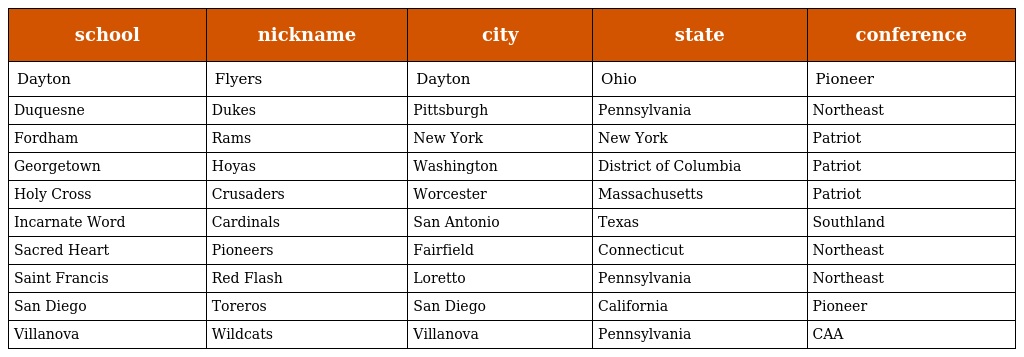
| school | nickname | city | state | conference |
 | --- | --- | --- | --- | --- |
 | Dayton | Flyers | Dayton | Ohio | Pioneer |
 | Duquesne | Dukes | Pittsburgh | Pennsylvania | Northeast |
 | Fordham | Rams | New York | New York | Patriot |
 | Georgetown | Hoyas | Washington | District of Columbia | Patriot |
 | Holy Cross | Crusaders | Worcester | Massachusetts | Patriot |
 | Incarnate Word | Cardinals | San Antonio | Texas | Southland |
 | Sacred Heart | Pioneers | Fairfield | Connecticut | Northeast |
 | Saint Francis | Red Flash | Loretto | Pennsylvania | Northeast |
 | San Diego | Toreros | San Diego | California | Pioneer |
 | Villanova | Wildcats | Villanova | Pennsylvania | CAA |